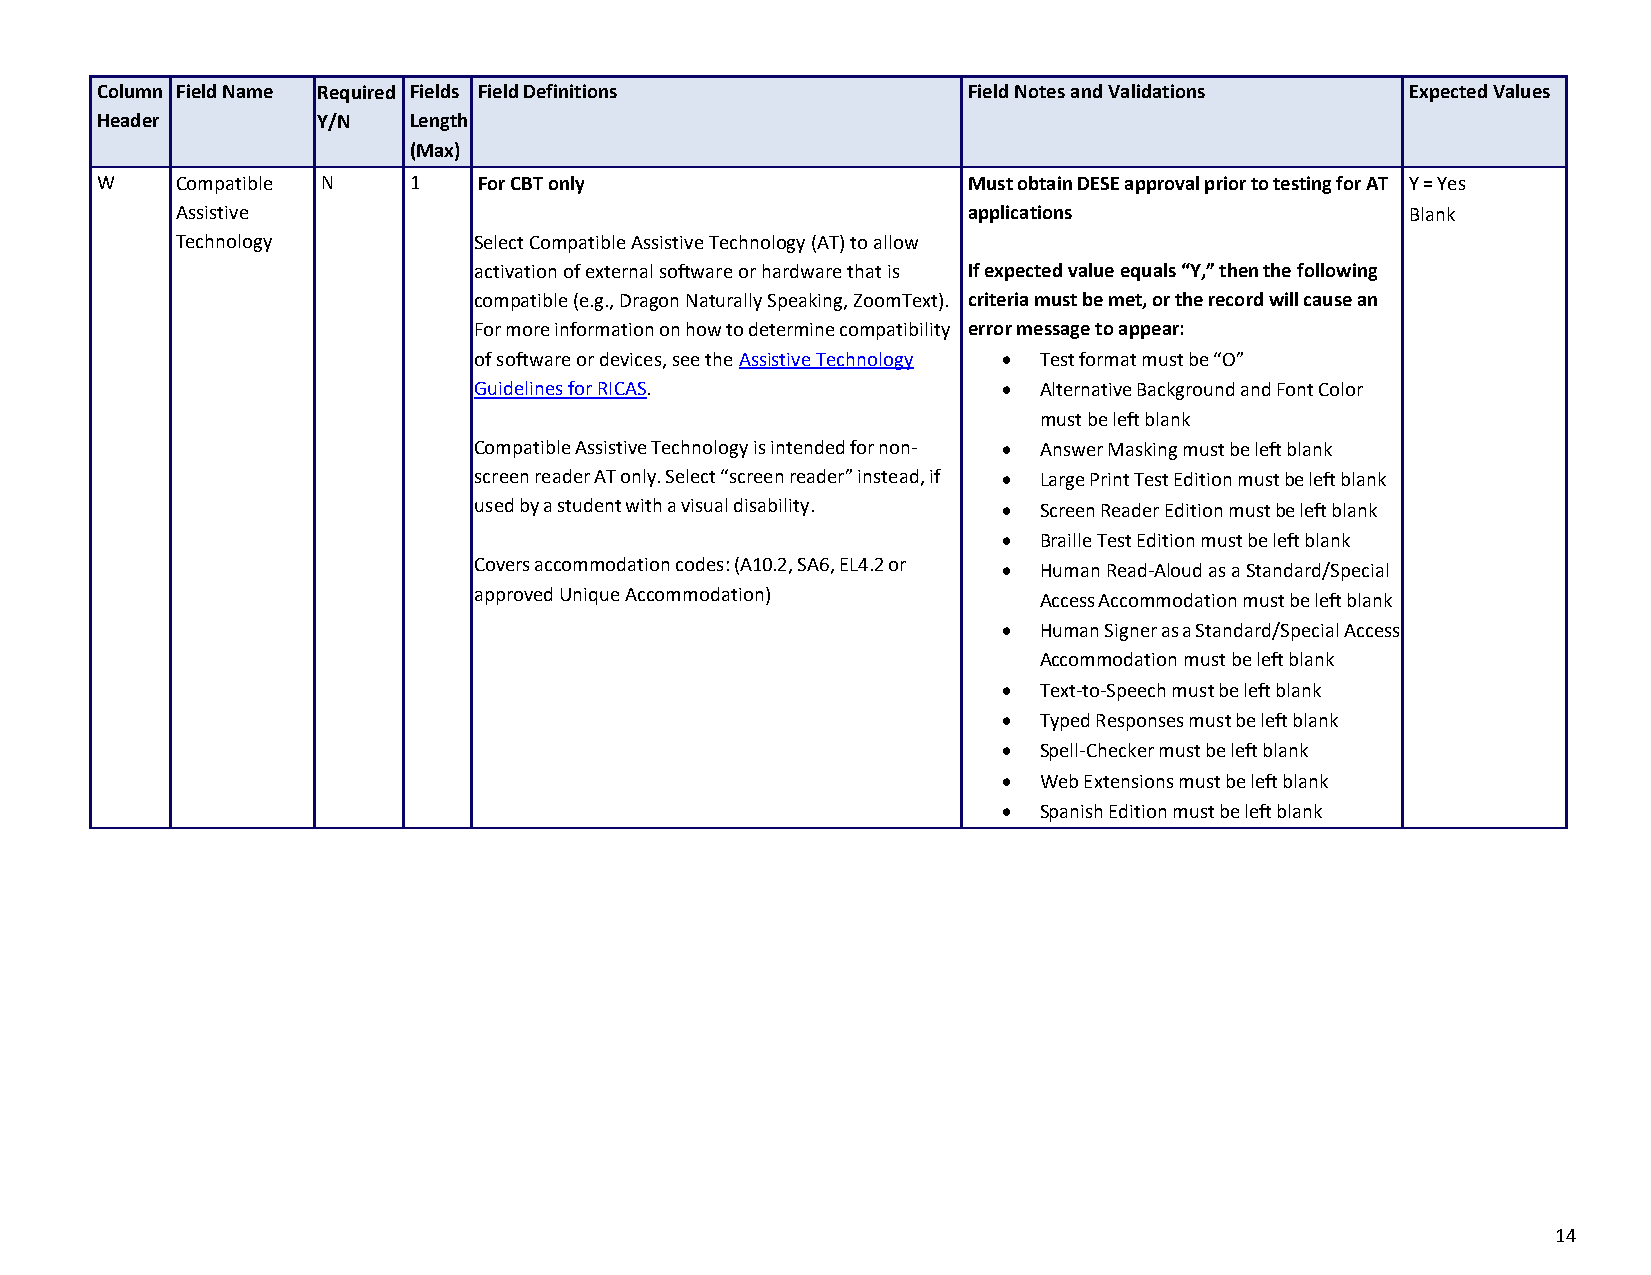
Column Field Name Required Fields Field Definitions       Field Notes and Validations  Expected Values
 Header         Y/N   Length
 (Max)
 W     Compatible N   1    For CBT only                    Must obtain DESE approval prior to testing for AT Y = Yes
 Assistive                                           applications                 Blank
 Technology         Select Compatible Assistive Technology (AT) to allow
 activation of external software or hardware that is If expected value equals “Y,” then the following
 compatible (e.g., Dragon Naturally Speaking, ZoomText). criteria must be met, or the record will cause an
 For more information on how to determine compatibility error message to appear:
 of software or devices, see the Assistive Technology • Test format must be “O”
 Guidelines for RICAS.              •  Alternative Background and Font Color
 must be left blank
 Compatible Assistive Technology is intended for non- • Answer Masking must be left blank
 screen reader AT only. Select “screen reader” instead, if • Large Print Test Edition must be left blank
 used by a student with a visual disability. • Screen Reader Edition must be left blank
 •  Braille Test Edition must be left blank
 Covers accommodation codes: (A10.2, SA6, EL4.2 or • Human Read-Aloud as a Standard/Special
 approved Unique Accommodation)        Access Accommodation must be left blank
 •  Human Signer as a Standard/Special Access
 Accommodation must be left blank
 •  Text-to-Speech must be left blank
 •  Typed Responses must be left blank
 •  Spell-Checker must be left blank
 •  Web Extensions must be left blank
 •  Spanish Edition must be left blank
 14